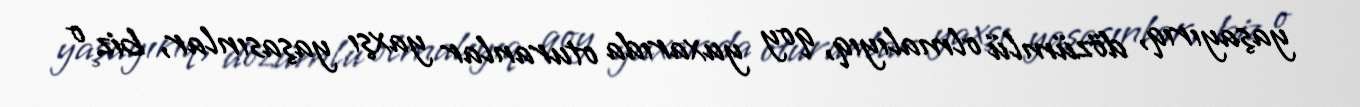
yaşayırıq, dözümlü olmalıyıq, qoy yuxarıda oturanlar yaxşı yaşasınlar, biz o